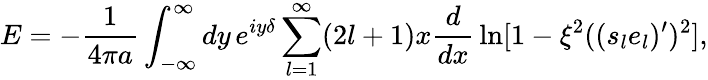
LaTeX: E=-{\frac{1}{4\pi a}}\int_{-\infty}^{\infty}dy\, e^{iy\delta}\sum_{l=1}^{\infty}(2l+1)x{\frac{d}{dx}}\ln[1-\xi^{2}((s_{l}e_{l})^{\prime})^{2}],